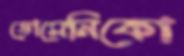
ডোমেনিকো